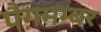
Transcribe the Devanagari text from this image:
पैग़मम्बर